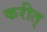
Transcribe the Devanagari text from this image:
करीत्